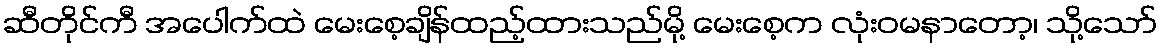
ဆီတိုင်ကီ အပေါက်ထဲ မေးစေ့ချိန်ထည့်ထားသည်မို့ မေးစေ့က လုံးဝမနာတော့၊ သို့သော်